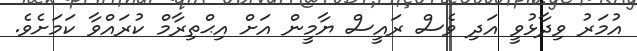
އުމަރު ވިދާޅުވީ އަދި ވެސް ރައީސް ޔާމީން އަށް އިޙްތިރާމް ކުރައްވާ ކަމަށެވެ.